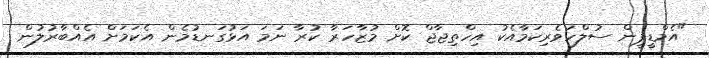
"އެމްޑީޕީން ސުލްހަވެރިކަމާއެކު އިހްތިޖާޖް ކޮށް މުޒާހަރާ ކުރާ ނަމަ އަޅުގަނޑުމެން އެކަމަށް އެއްބާރުލުން